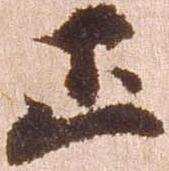
正